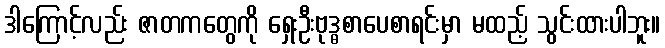
ဒါကြောင့်လည်း ဇာတကတွေကို ရှေးဦးဗုဒ္ဓစာပေစာရင်းမှာ မထည့် သွင်းထားပါဘူး။